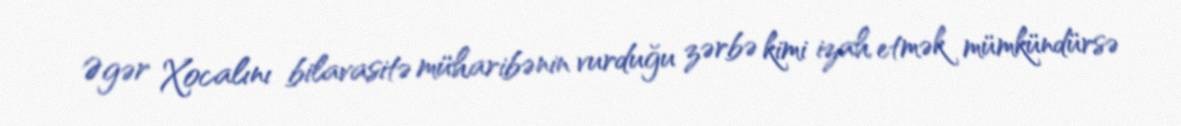
Əgər Xocalını bilavasitə müharibənin vurduğu zərbə kimi izah etmək mümkündürsə